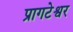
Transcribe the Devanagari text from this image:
प्रागटेश्वर